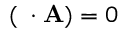
( \mathbf { \partial } \cdot \mathbf { A } ) = 0